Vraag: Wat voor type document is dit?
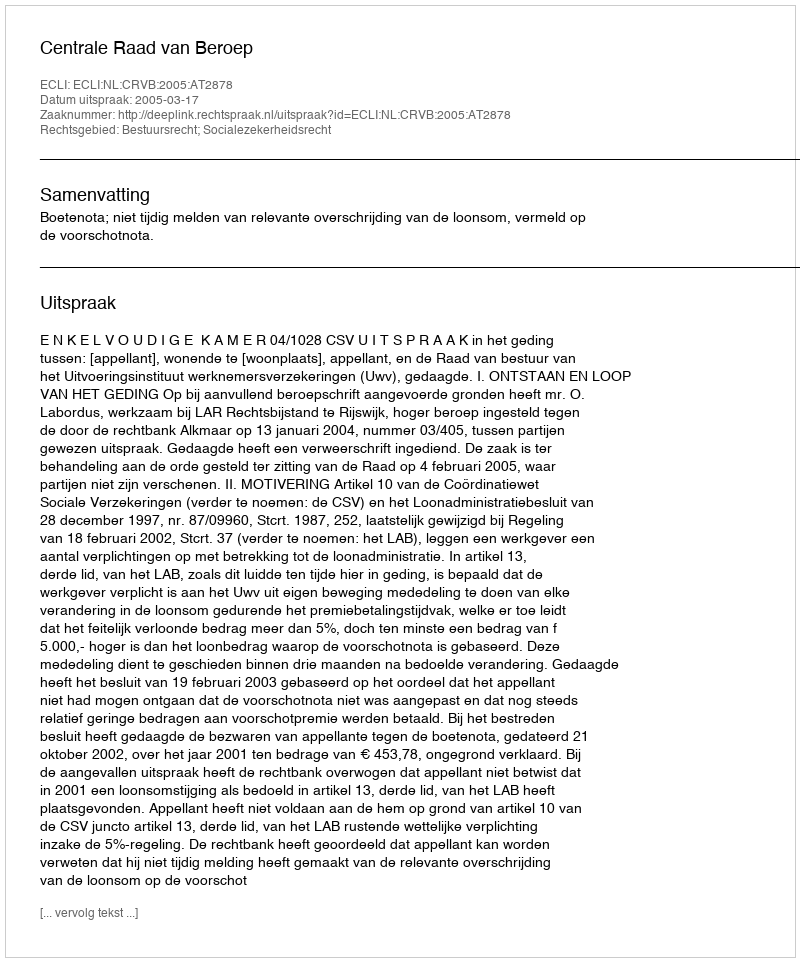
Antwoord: Uitspraak